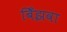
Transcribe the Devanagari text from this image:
बिँझवा